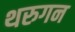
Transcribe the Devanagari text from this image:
थरुगन